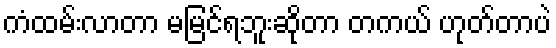
ကံထမ်းလာတာ မမြင်ရဘူးဆိုတာ တကယ် ဟုတ်တာပဲ